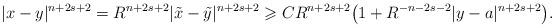
LaTeX: \begin{align*}\vert x -y \vert^{n+2s+2} = R^{n+2s+2} \vert \tilde x - \tilde y \vert^{n+2s+2} \geqslant C R^{n+2s+2} \big ( 1 + R^{-n-2s-2} \vert y-a \vert^{n+2s+2} \big ). \end{align*}